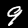
Digit: 9